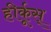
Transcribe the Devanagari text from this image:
हीर्कूस्